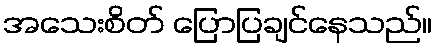
အသေးစိတ် ပြောပြချင်နေသည်။